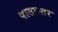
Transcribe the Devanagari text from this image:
पाठान्तर